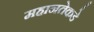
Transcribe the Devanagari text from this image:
महानतेकडे